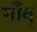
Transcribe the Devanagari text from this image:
गाँव्